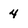
Character: 4